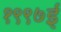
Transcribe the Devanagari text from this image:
१९९७ई